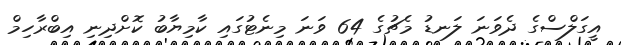
އީގަލްސްގެ ދެވަނަ ލަނޑު މެޗުގެ 64 ވަނަ މިނެޓުގައި ކާމިޔާބު ކޮށްދިނި އިބްރާހިމް